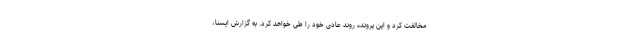
مخالفت کرد و این پرونده روند عادی خود را طی خواهد کرد. به گزارش ایسنا،